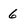
Character: 6